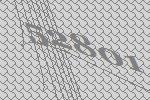
52801